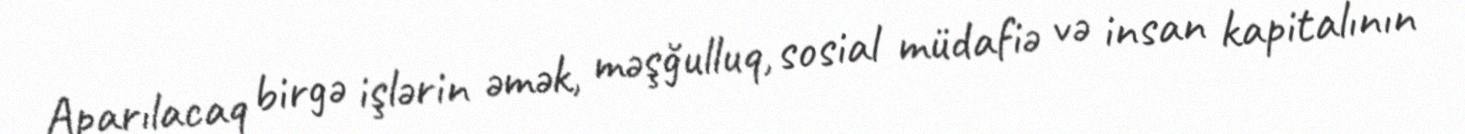
Aparılacaq birgə işlərin əmək, məşğulluq, sosial müdafiə və insan kapitalının